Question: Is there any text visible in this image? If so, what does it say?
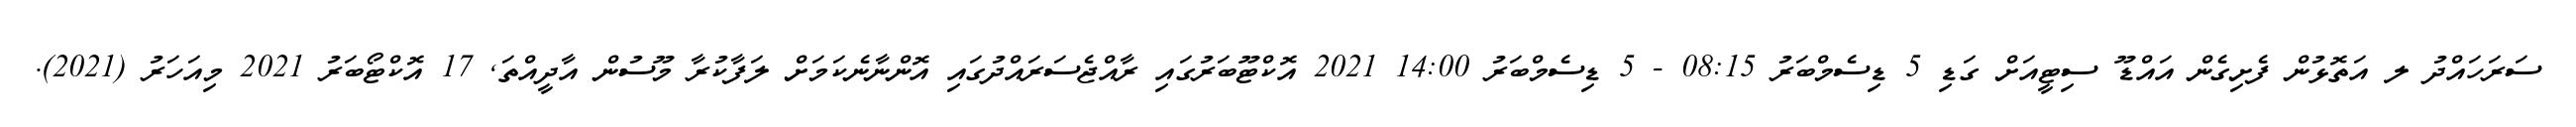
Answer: ސަރަހައްދު ލ އަތޮޅުން ފެށިގެން އައްޑޫ ސިޓީއަށް ގަޑި 5 ޑިސެމްބަރު 08:15 - 5 ޑިސެމްބަރު 14:00 2021 އޮކްޓޫބަރުގައި ރާއްޖެސަރައްދުގައި އޮންނާނެކަމަށް ލަފާކުރާ މޫސުން އާދީއްތަ, 17 އޮކްޓޯބަރު 2021 މިއަހަރު (2021).